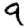
Digit: 9